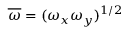
\overline { { \omega } } = ( \omega _ { x } \omega _ { y } ) ^ { 1 / 2 }